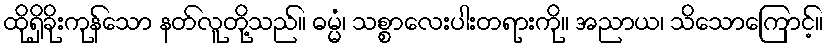
ထိုရှိခိုးကုန်သော နတ်လူတို့သည်။ ဓမ္မံ၊ သစ္စာလေးပါးတရားကို။ အညာယ၊ သိသောကြောင့်။